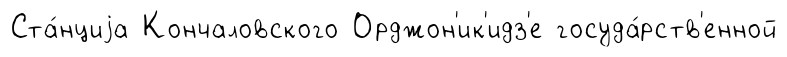
Ста́нциjа Кончаловского Орджон'ик'идз'е госуда́рств'енной